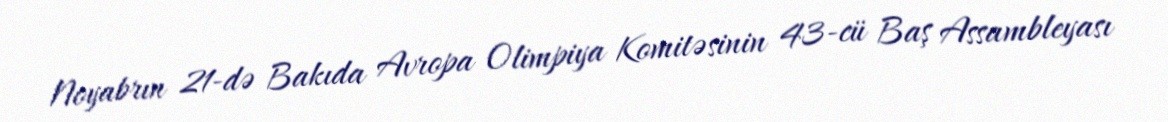
Noyabrın 21-də Bakıda Avropa Olimpiya Komitəsinin 43-cü Baş Assambleyası